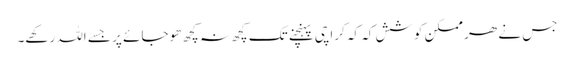
جس نے ھر ممکن کوشش کہ کہ کراچی پہنچنے تک کچھ نہ کچھ ھوجائے پر جسے اللہ رکھے۔